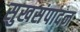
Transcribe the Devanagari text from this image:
सुखसंपादन